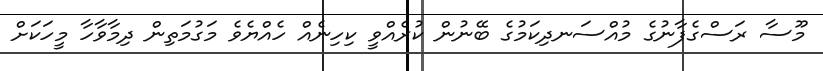
މޫސާ ރަސްގެފާނުގެ މުއްސަނދިކަމުގެ ބޭނުން ކުރެއްވީ ކިހިނެއް ހެއްޔެވެ މަގުމަތިން ދިމާވާހާ މީހަކަށް